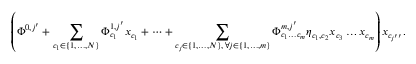
\left( \Phi ^ { 0 , j ^ { \prime } } + \sum _ { \substack { c _ { 1 } \in \{ 1 , \dots , N \} } } \Phi _ { c _ { 1 } } ^ { 1 , j ^ { \prime } } x _ { c _ { 1 } } + \dots + \sum _ { \substack { c _ { j } \in \{ 1 , \dots , N \} , \, \forall j \in \{ 1 , \dots , m \} } } \Phi _ { c _ { 1 } \dots c _ { m } } ^ { m , j ^ { \prime } } \eta _ { c _ { 1 } , c _ { 2 } } x _ { c _ { 3 } } \dots x _ { c _ { m } } \right) x _ { c _ { j ^ { \prime \prime } } } .